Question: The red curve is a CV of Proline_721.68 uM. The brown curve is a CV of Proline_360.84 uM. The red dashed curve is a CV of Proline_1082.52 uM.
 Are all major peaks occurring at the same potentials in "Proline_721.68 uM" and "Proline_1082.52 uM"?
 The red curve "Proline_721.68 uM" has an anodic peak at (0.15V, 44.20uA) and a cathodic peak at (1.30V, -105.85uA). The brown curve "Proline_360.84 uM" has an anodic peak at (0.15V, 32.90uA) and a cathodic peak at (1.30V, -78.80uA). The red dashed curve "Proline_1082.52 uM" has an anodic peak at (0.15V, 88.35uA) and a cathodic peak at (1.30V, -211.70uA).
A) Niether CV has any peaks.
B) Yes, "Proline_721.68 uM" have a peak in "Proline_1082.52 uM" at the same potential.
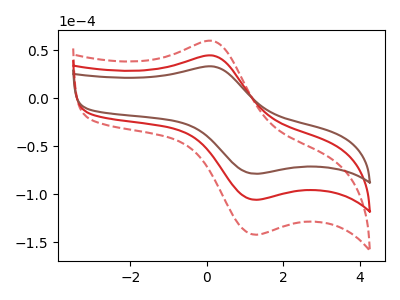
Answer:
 <answer>B) Yes, "Proline_721.68 uM" have a peak in "Proline_1082.52 uM" at the same potential.</answer>
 <eval>B</eval>